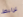
ترابط